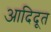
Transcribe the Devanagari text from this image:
आदिदूत